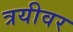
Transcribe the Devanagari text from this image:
त्रयीवर